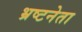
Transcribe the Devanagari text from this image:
भ्रष्टनेता